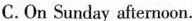
C.On Sunday afternoon.